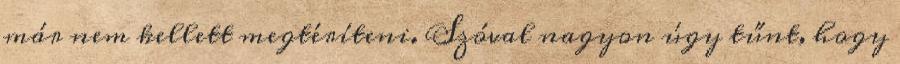
már nem kellett megtéríteni. Szóval nagyon úgy tűnt, hogy